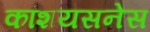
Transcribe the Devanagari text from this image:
कांशयसनेस